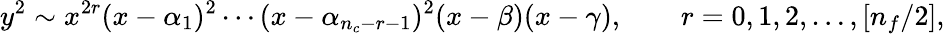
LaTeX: y^{2}\sim x^{2r}(x-\alpha_{1})^{2}\cdots(x-\alpha_{n_{c}-r-1})^{2}(x-\beta)(x-\gamma),\qquad r=0,1,2,\ldots,[n_{f}/2],